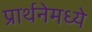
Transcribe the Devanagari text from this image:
प्रार्थनेमध्ये